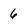
Character: 6